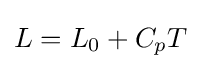
L=L_{0}+C_{p}T